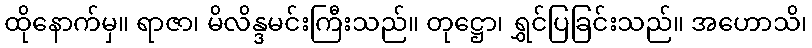
ထိုနောက်မှ။ ရာဇာ၊ မိလိန္ဒမင်းကြီးသည်။ တုဋ္ဌော၊ ရွှင်ပြခြင်းသည်။ အဟောသိ၊